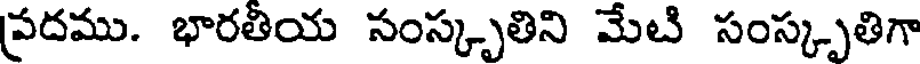
ప్రదము. భారతియ సంస్కృతిని మేటి సంస్కృతిగా